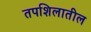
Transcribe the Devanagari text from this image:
तपशिलातील